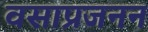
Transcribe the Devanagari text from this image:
वसाप्रजनन